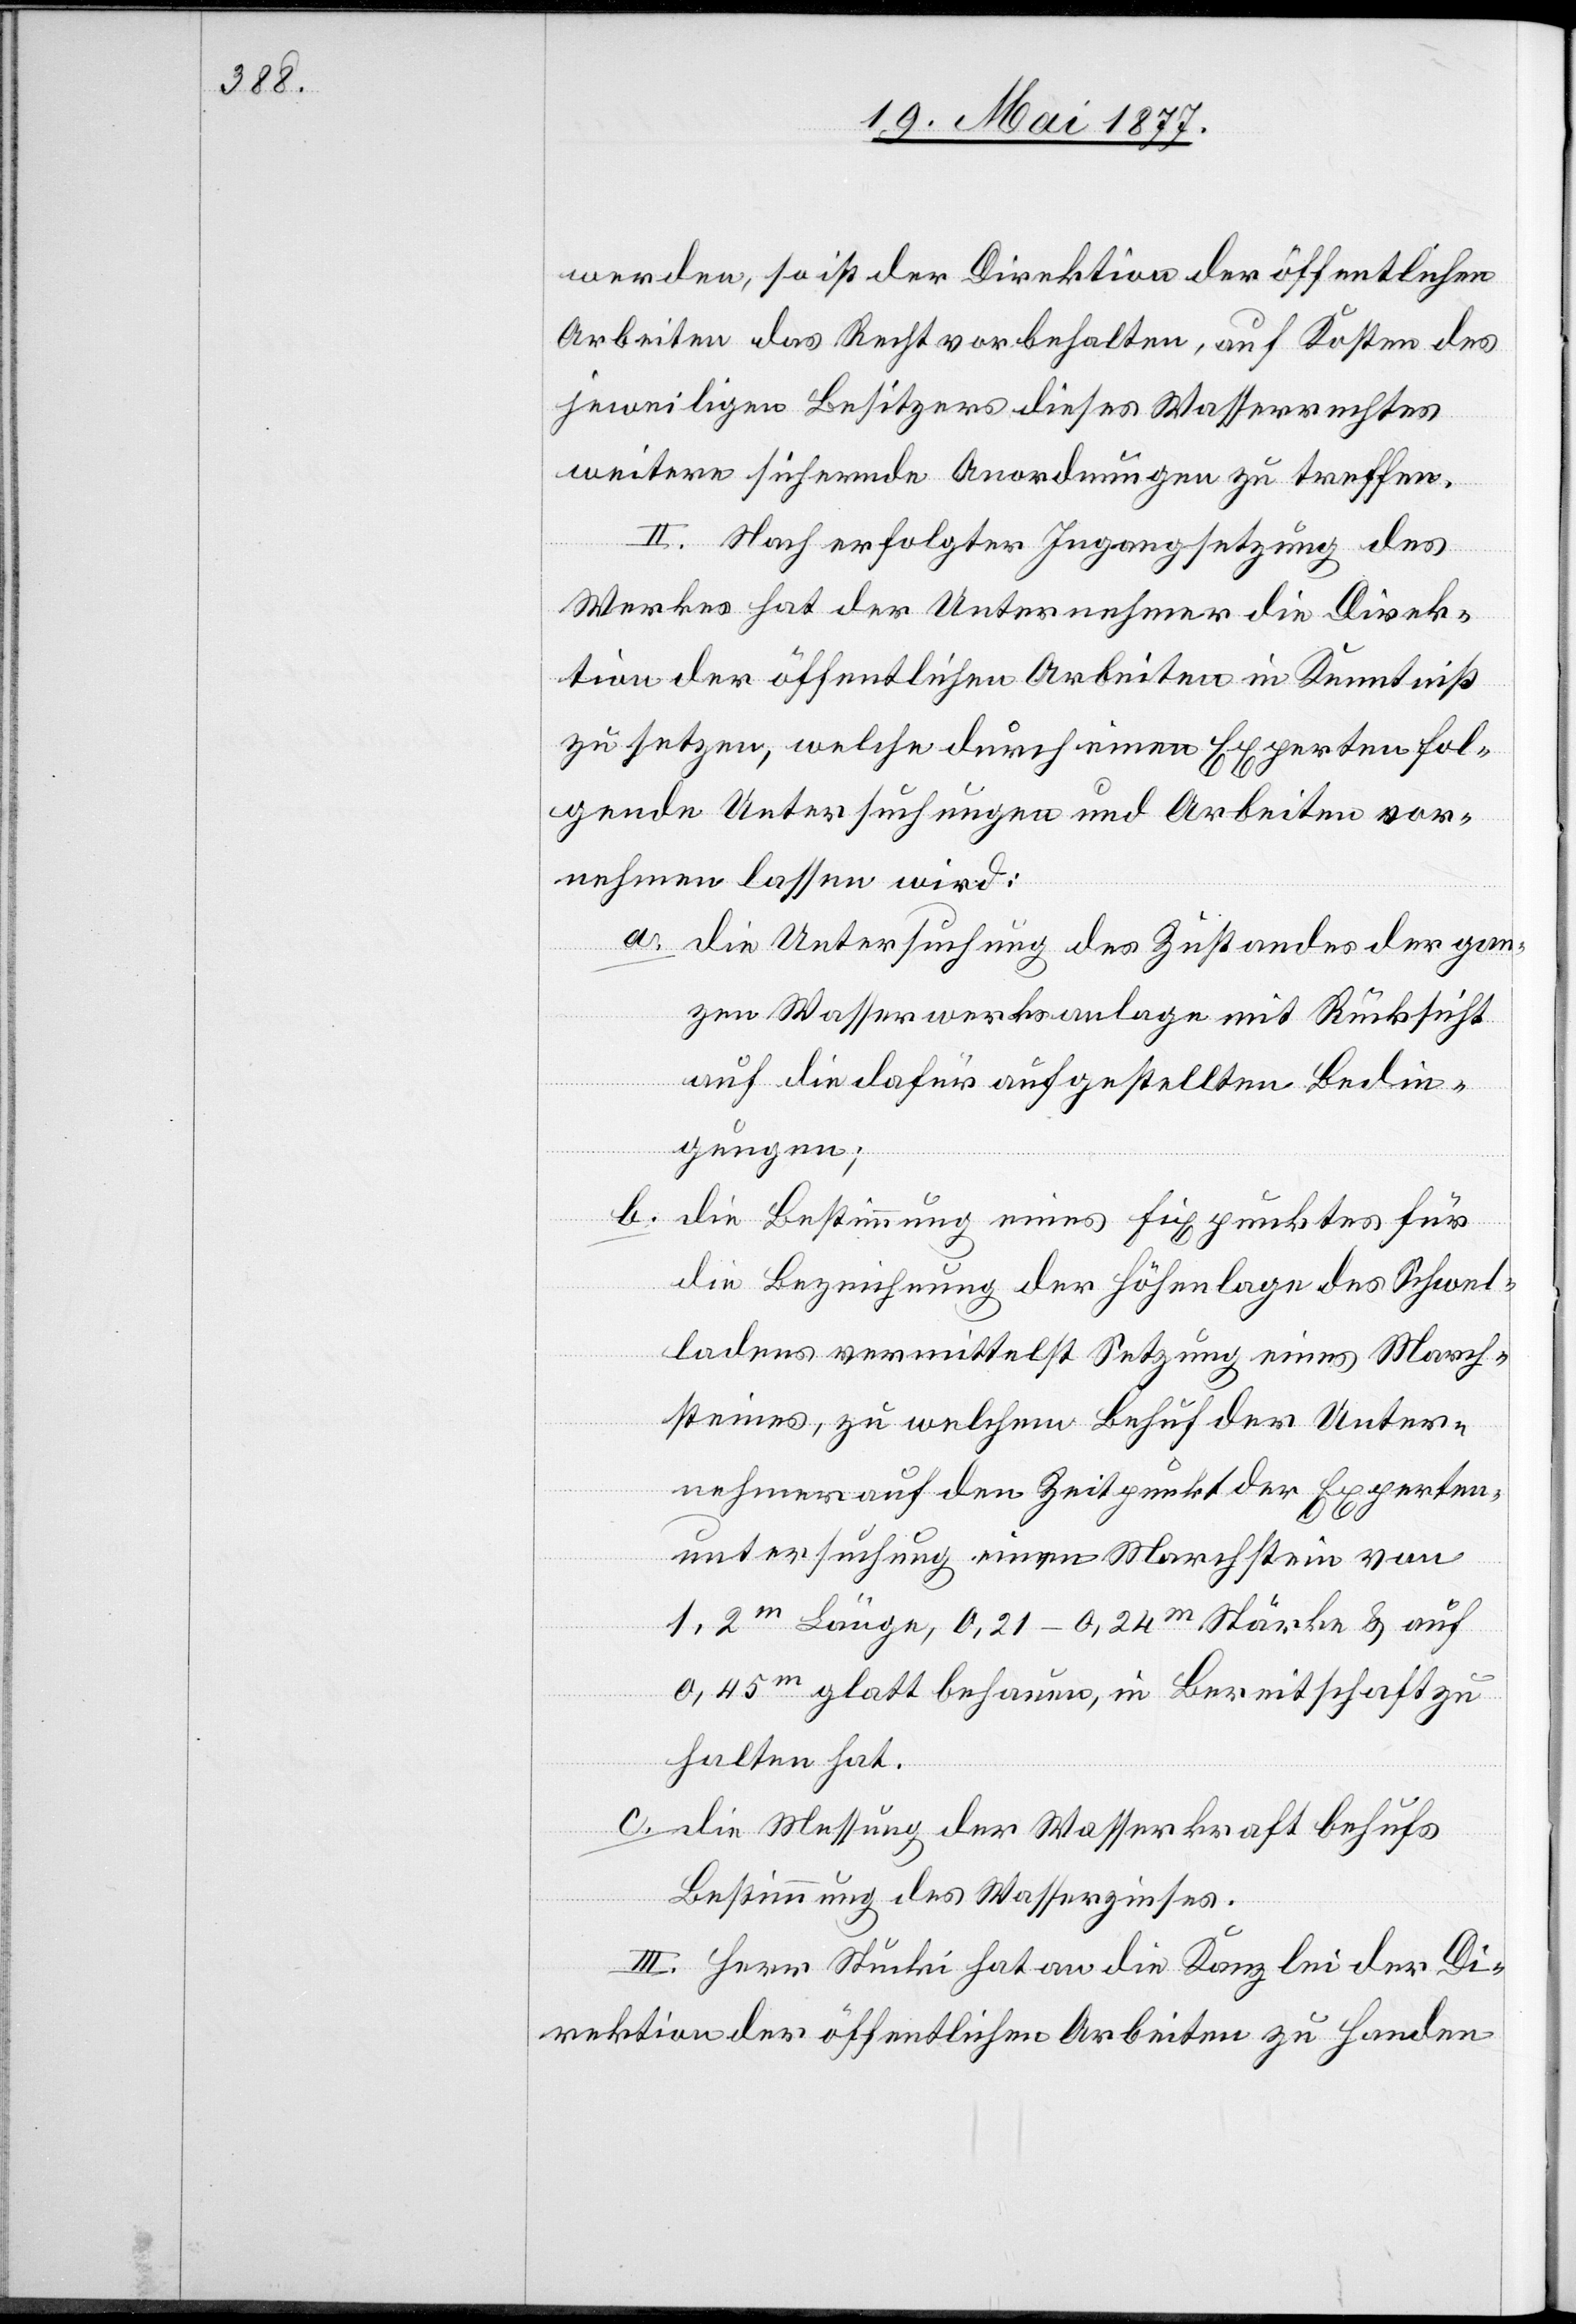
werden, so ist der Direktion der öffentlichen
Arbeiten das Recht vorbehalten, auf Kosten des
jeweiligen Besitzers dieses Wasserrechtes
weitere sichernde Anordnungen zu treffen.
II. Nach erfolgter Ingangsetzung des
Werkes hat der Unternehmer die Direk¬
tion der öffentlichen Arbeiten in Kenntniß
zu setzen, welche durch einen Experten fol¬
gende Untersuchungen und Arbeiten vor¬
nehmen lassen wird:
a. die Untersuchung des Zustandes der gan¬
zen Wasserwerksanlage mit Rücksicht
auf die dafür aufgestellten Bedin¬
gungen;
b. die Bestimmung eines Fixpunktes für
die Bezeichnung der Höhenlage des Schwel¬
ladens vermittelst Setzung eines March¬
steines, zu welchem Behuf der Unter¬
nehmer auf den Zeitpunkt der Experten¬
untersuchung einen Marchstein von
1,2m Länge, 0,21–024m Stärke & auf
0,45m glatt behauen, in Bereitschaft zu
halten hat;
c. die Messung der Wasserkraft behufs
Bestimmung des Wasserzinses.
III. Herr Stucki hat an die Kanzlei der Di¬
rektion der öffentlichen Arbeiten zu Handen